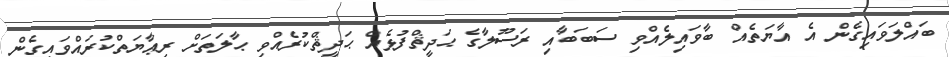
ބައްލަވައިގެން އެ އާޔަތެއް ބާވައިލެއްވި ސަބަބާއި ރަސޫލާގެ ޙަދީޘްފުޅެއް ޙަދީޘްކުރެއްވި ޙާލަތަށް ރިޢާޔަތްކުރައްވައިގެން